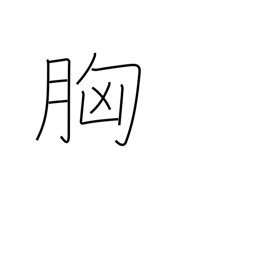
Meaning: breast